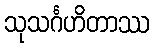
သုသင်္ဂဟိတာဿ